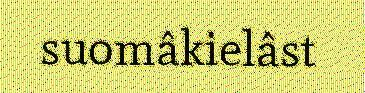
suomâkielâst